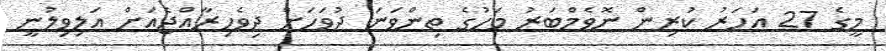
މީގެ 27 އަހަރު ކުރިން ނޮވެމްބަރު މަހުގެ ތިންވަނަ ދުވަހަށް ދިވެހިރާއްޖެއަށް އަލިވިލުނީ